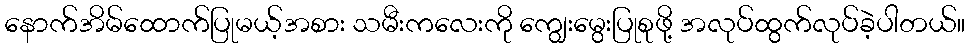
နောက်အိမ်ထောက်ပြုမယ့်အစား သမီးကလေးကို ကျွေးမွေးပြုစုဖို့ အလုပ်ထွက်လုပ်ခဲ့ပါတယ်။